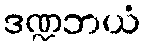
ဒဏ္ဍဘယံ